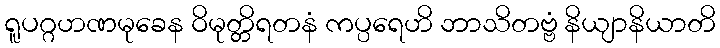
ရူပဂ္ဂဟဏမုခေန ဝိမုတ္တိရတနံ ကပ္ပရေဟိ ဘာသိတဗ္ဗံ နိယျာနိယာတိ